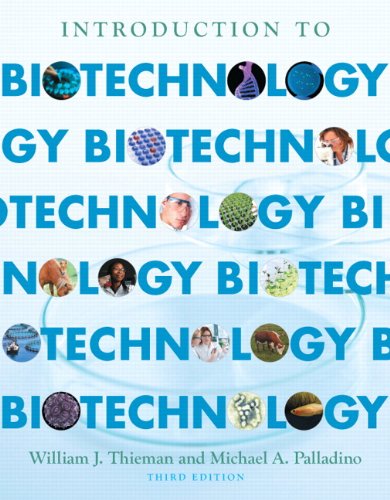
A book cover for Introduction to Biotechnology (3rd Edition); William J. Thieman; Medical Books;